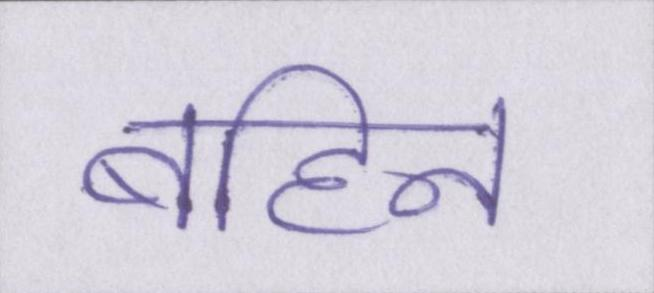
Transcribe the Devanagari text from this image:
बहिन